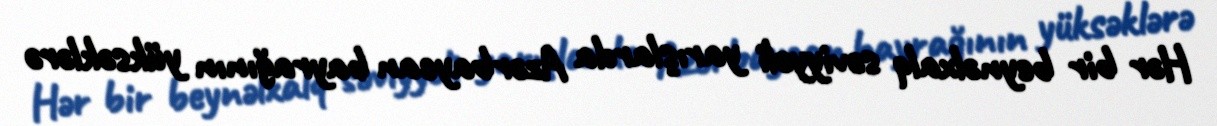
Hər bir beynəlxalq səviyyəli yarışlarda Azərbaycan bayrağının yüksəklərə